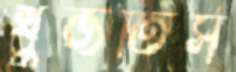
খুঁজতিস